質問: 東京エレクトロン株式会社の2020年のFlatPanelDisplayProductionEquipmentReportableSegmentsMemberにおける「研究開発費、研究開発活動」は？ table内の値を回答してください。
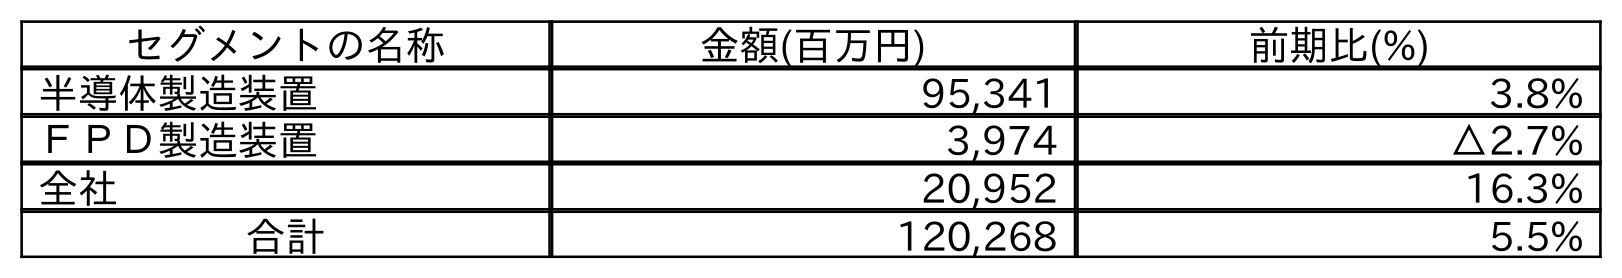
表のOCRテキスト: セグメントの名称 金額(百万円) 前期比(%) 半導体製造装置 95,341 3.8% ＦＰＤ製造装置 3,974 △2.7% 全社 20,952 16.3% 合計 120,268 5.5%
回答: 3,974